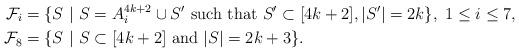
LaTeX: \begin{align*}\mathcal{F}_i &= \{ S\mbox{ }|\mbox{ }S=A^{4k+2}_i \cup S'\mbox{ such that }S'\subset [4k+2], |S'|=2k\}, \mbox{ }1\leq i\leq 7,\\\mathcal{F}_8&= \{ S\mbox{ }|\mbox{ }S\subset [4k+2]\mbox{ and }|S|=2k+3\}.\end{align*}